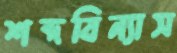
শব্দবিন্যাস